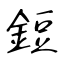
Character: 鋀